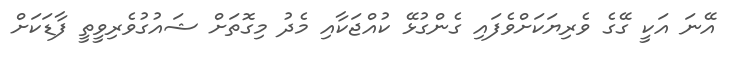
އޭނަ އަކީ ގޭގެ ވެރިޔަކަށްވެފައި ގެންގުޅޭ ކުއްޖަކާއި މެދު މިގޮތަށް ޝައުގުވެރިވީތީ ފާޑަކަށް